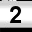
Digit: 2